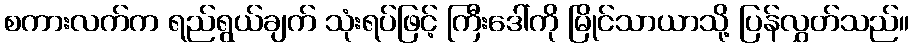
စကားလက်က ရည်ရွယ်ချက် သုံးရပ်ဖြင့် ကြီးဒေါ်ကို မြိုင်သာယာသို့ ပြန်လွှတ်သည်။